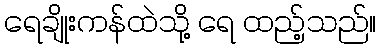
ရေချိုးကန်ထဲသို့ ရေ ထည့်သည်။